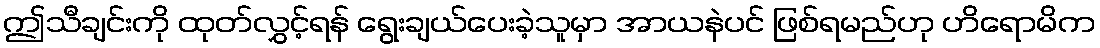
ဤသီချင်းကို ထုတ်လွှင့်ရန် ရွေးချယ်ပေးခဲ့သူမှာ အာယနဲပင် ဖြစ်ရမည်ဟု ဟိရောမိက